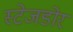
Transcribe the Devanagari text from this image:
स्टेजडोर